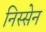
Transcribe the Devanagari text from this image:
निस्सेन